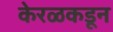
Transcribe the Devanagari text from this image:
केरळकडून